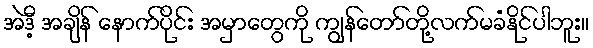
အဲဒီ့ အချိန် နောက်ပိုင်း အမှာတွေကို ကျွန်တော်တို့လက်မခံနိုင်ပါဘူး။